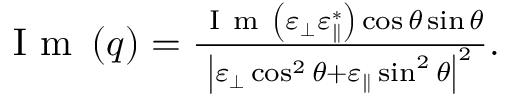
\begin{array} { r } { \mathrm { ~ I ~ m ~ } \left( q \right) = \frac { \mathrm { ~ I ~ m ~ } \left( \varepsilon _ { \perp } \varepsilon _ { \parallel } ^ { * } \right) \cos \theta \sin \theta } { \left| \varepsilon _ { \perp } \cos ^ { 2 } \theta + \varepsilon _ { \parallel } \sin ^ { 2 } \theta \right| ^ { 2 } } . } \end{array}